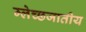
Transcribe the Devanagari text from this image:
म्लेच्छजातीय